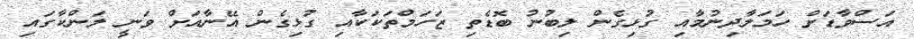
އަސްވާޑަށް ހަމަލާދިނުމާއި ގުޅިގެން ލިބުނު ބޮޑެތި ޒަހަމްތަކަކާއި ގުޅިގެން އޭނާއަށް ވަނީ ލަންކާގައި